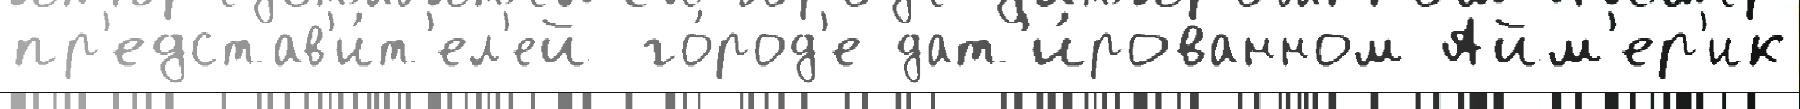
пр'едстав'и́т'ел'ей го́род'е дат'и́рованном Айм'ер'ик